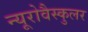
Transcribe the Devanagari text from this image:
न्यूरोवैस्कुलर